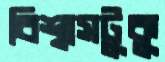
বিশ্বাসটুকু